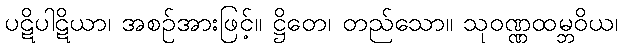
ပဋိပါဋိယာ၊ အစဉ်အားဖြင့်။ ဋ္ဌိတေ၊ တည်သော။ သုဝဏ္ဏထမ္ဘဝိယ၊